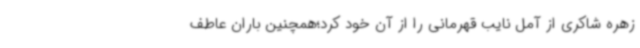
زهره شاکری از آمل نایب قهرمانی را از آن خود کرد؛همچنین باران عاطف